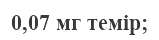
0,07 мг темір;